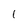
Character: i